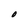
Character: O